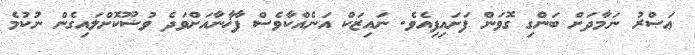
ޢަޞްރު ނަމާދަށް ބަންގި ގޮވަން ފަށައިފިއެވެ. ނައިޒަކް އަނެއްކާވެސް ފާޚާނާއަށްވަދެ ވުޟޫކޮށްލައިގެން ނުކުމެ